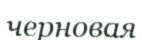
черновая